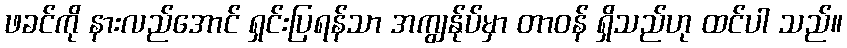
ဖခင်ကို နားလည်အောင် ရှင်းပြရန်သာ အကျွန်ုပ်မှာ တာဝန် ရှိသည်ဟု ထင်ပါ သည်။